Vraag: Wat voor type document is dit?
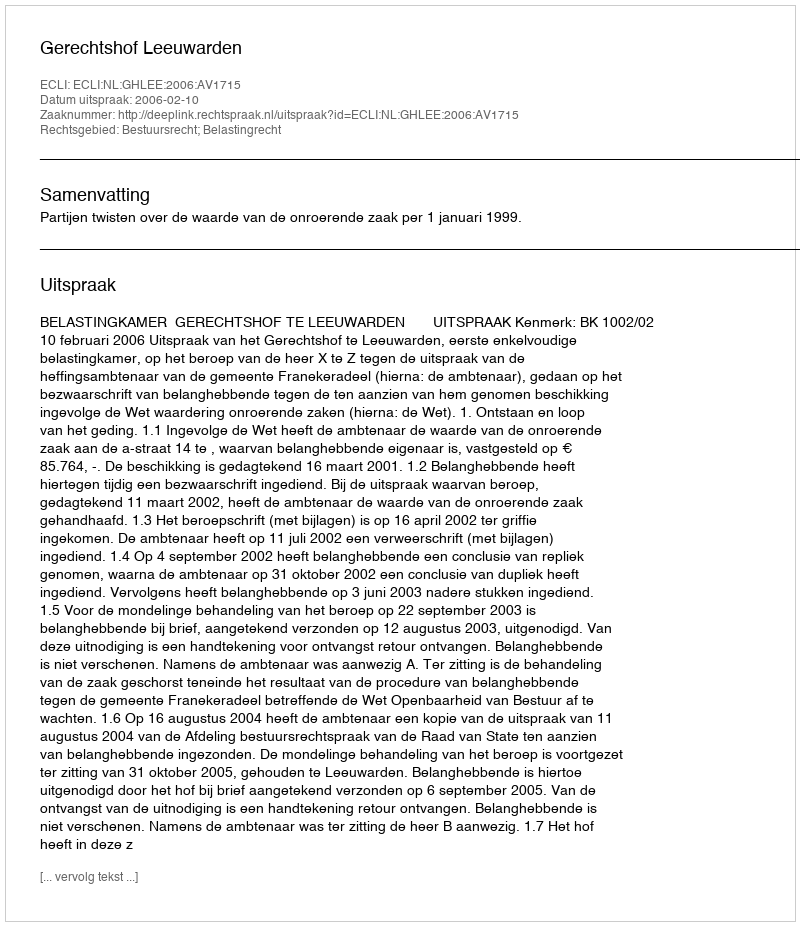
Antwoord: Uitspraak